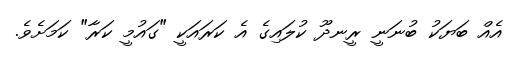
އެއް ބަޔަކު ބުނަނީ ރީނދޫ ކުލައިގެ އެ ކަރައަކީ "ގައުމީ ކަރާ" ކަމަށެވެ.